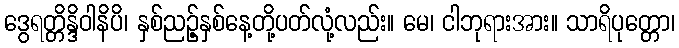
ဒွေရတ္တိန္ဒိဝါနိပိ၊ နှစ်ညဉ့်နှစ်နေ့တို့ပတ်လုံ့လည်း။ မေ၊ ငါဘုရားအား။ သာရိပုတ္တော၊